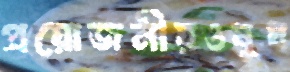
প্রয়োজনীয়ওষুধ